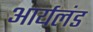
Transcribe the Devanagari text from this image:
आर्यलंड